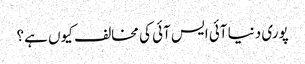
پوری دنیا آئی ایس آئی کی مخالف کیوں ہے؟